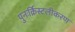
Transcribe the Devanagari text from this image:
पुनःर्क्रिस्टलीकरण